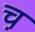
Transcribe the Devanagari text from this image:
च़